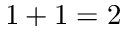
1 + 1 = 2